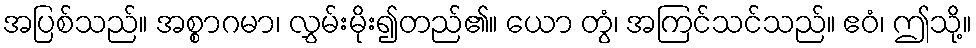
အပြစ်သည်။ အစ္စာဂမာ၊ လွှမ်းမိုး၍တည်၏။ ယော တွံ၊ အကြင်သင်သည်။ ဧဝံ၊ ဤသို့။